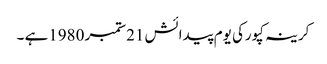
کرینہ کپورکی یوم پیدائش 21ستمبر 1980ہے ۔